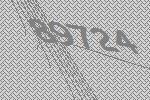
89724